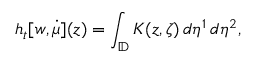
h _ { t } [ w , \dot { \mu } ] ( z ) = \int _ { \mathbb { D } } K ( z , \zeta ) \, d \eta ^ { 1 } \, d \eta ^ { 2 } ,